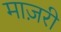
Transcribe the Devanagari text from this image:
माज़री